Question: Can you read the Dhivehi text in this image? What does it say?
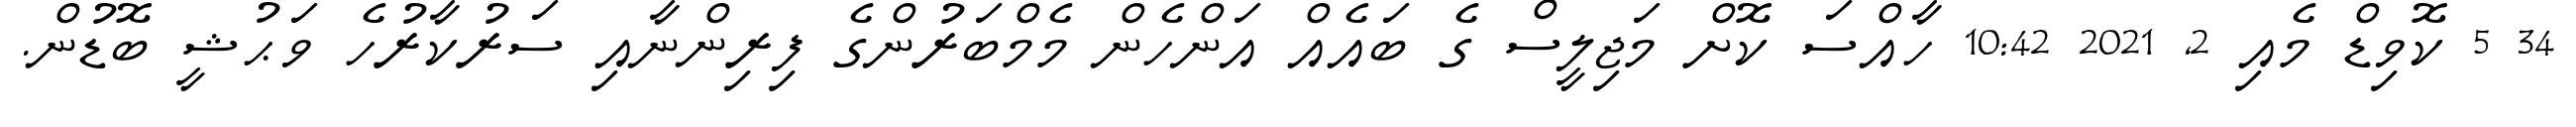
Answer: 34 5 ކޮވިޑް މެއި 2, 2021 10:42 ހާއްސަ ކޮށް މަޖިލީސް ގެ ބައެއް އަންހެން މެމްބަރުންގެ ފިރިންނާއި ސަރުކާރުހެ ވަޙުޝީ ބޮޑުން.